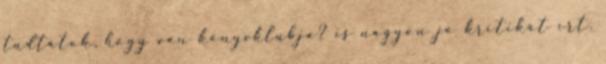
tudtátok, hogy van könyvklubja? is nagyon jó kritikát írt.